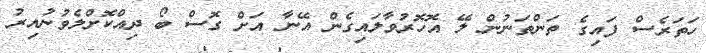
ހަތަރެސް ފައިގެ ތަންތަނުން ލޭ އޮހޮރުވާލައިގެން އޭނާ އަށް ގޮސް ބޯ ދިއްކޮށްލެވުނުއިރު